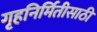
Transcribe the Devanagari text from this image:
गृहनिर्मितीसाठी